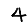
Digit: 4